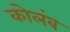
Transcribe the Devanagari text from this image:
कोलंब